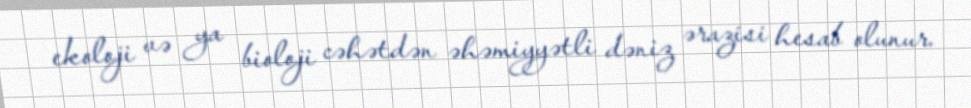
ekoloji və ya bioloji cəhətdən əhəmiyyətli dəniz ərazisi hesab olunur.